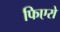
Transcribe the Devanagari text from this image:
फिएरो